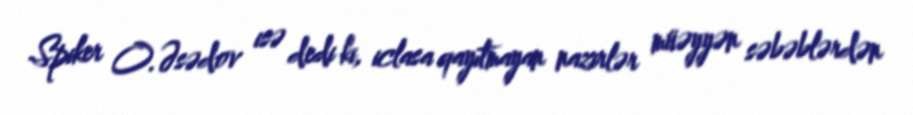
Spiker O.Əsədov isə dedi ki, iclasa qayıtmayan nazirlər müəyyən səbəblərdən